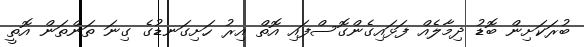
ބުރަކަށިން ބޮޑު ދިމާލެއް ފަޅައިގެންގޮސްފައި އޮތް އިރު ހަށިގަނޑުގެ ގިނަ ތަންތަން އޮތީ